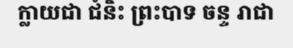
ក្លាយជា ជំនិះ ព្រះបាទ ចន្ទ រាជា